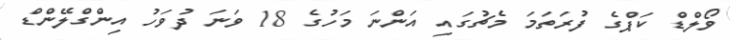
ވޯލްޑް ކަޕްގެ ފުރަތަމަ މެޗުގައި އަންނަ މަހުގެ 18 ވަނަ ދުވަހު އިންގްލޭންޑް